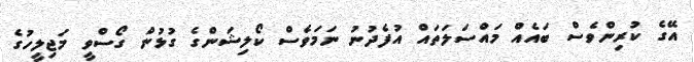
އޭގެ ކުރިންވެސް ބައެއް މައްސަަލަތައް އުފެދުނު ނަމަވެސް ކޯލިޝަންގެ ގުޅުން ގޯސްވީ މަޖިލީހުގެ